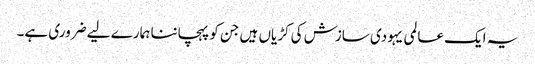
یہ ایک عالمی یہودی سازش کی کڑیاں ہیں جن کو پہچاننا ہمارے لیے ضروری ہے۔